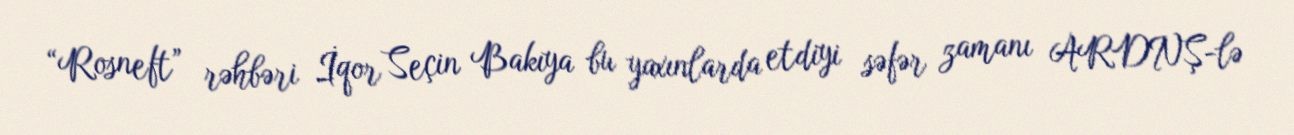
“Rosneft” rəhbəri İqor Seçin Bakıya bu yaxınlarda etdiyi səfər zamanı ARDNŞ-lə